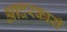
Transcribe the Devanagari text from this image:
आदरकारी